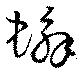
蠏